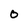
Character: 0